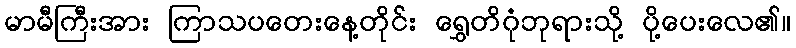
မာမီကြီးအား ကြာသပတေးနေ့တိုင်း ရွှေတိဂုံဘုရားသို့ ပို့ပေးလေ၏။